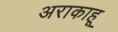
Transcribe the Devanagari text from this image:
अराकाहू